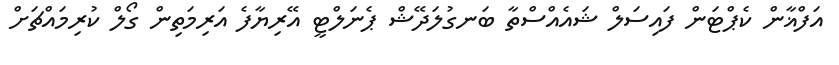
އަފްޣާން ކެޕްޓަން ފައިސަލް ޝައެއްސްތާ ބަނގުލަދޭޝް ޕެނަލްޓީ އޭރިޔާފެ އަރިމަތިން ގޯލް ކުރިމައްޗަށް